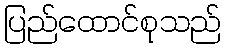
ပြည်ထောင်စုသည်